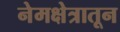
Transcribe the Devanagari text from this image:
नेमक्षेत्रातून